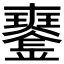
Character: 𤫍